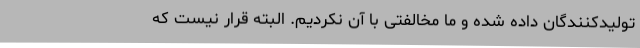
تولیدکنندگان داده شده و ما مخالفتی با آن نکردیم. البته قرار نیست که